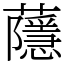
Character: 蘟